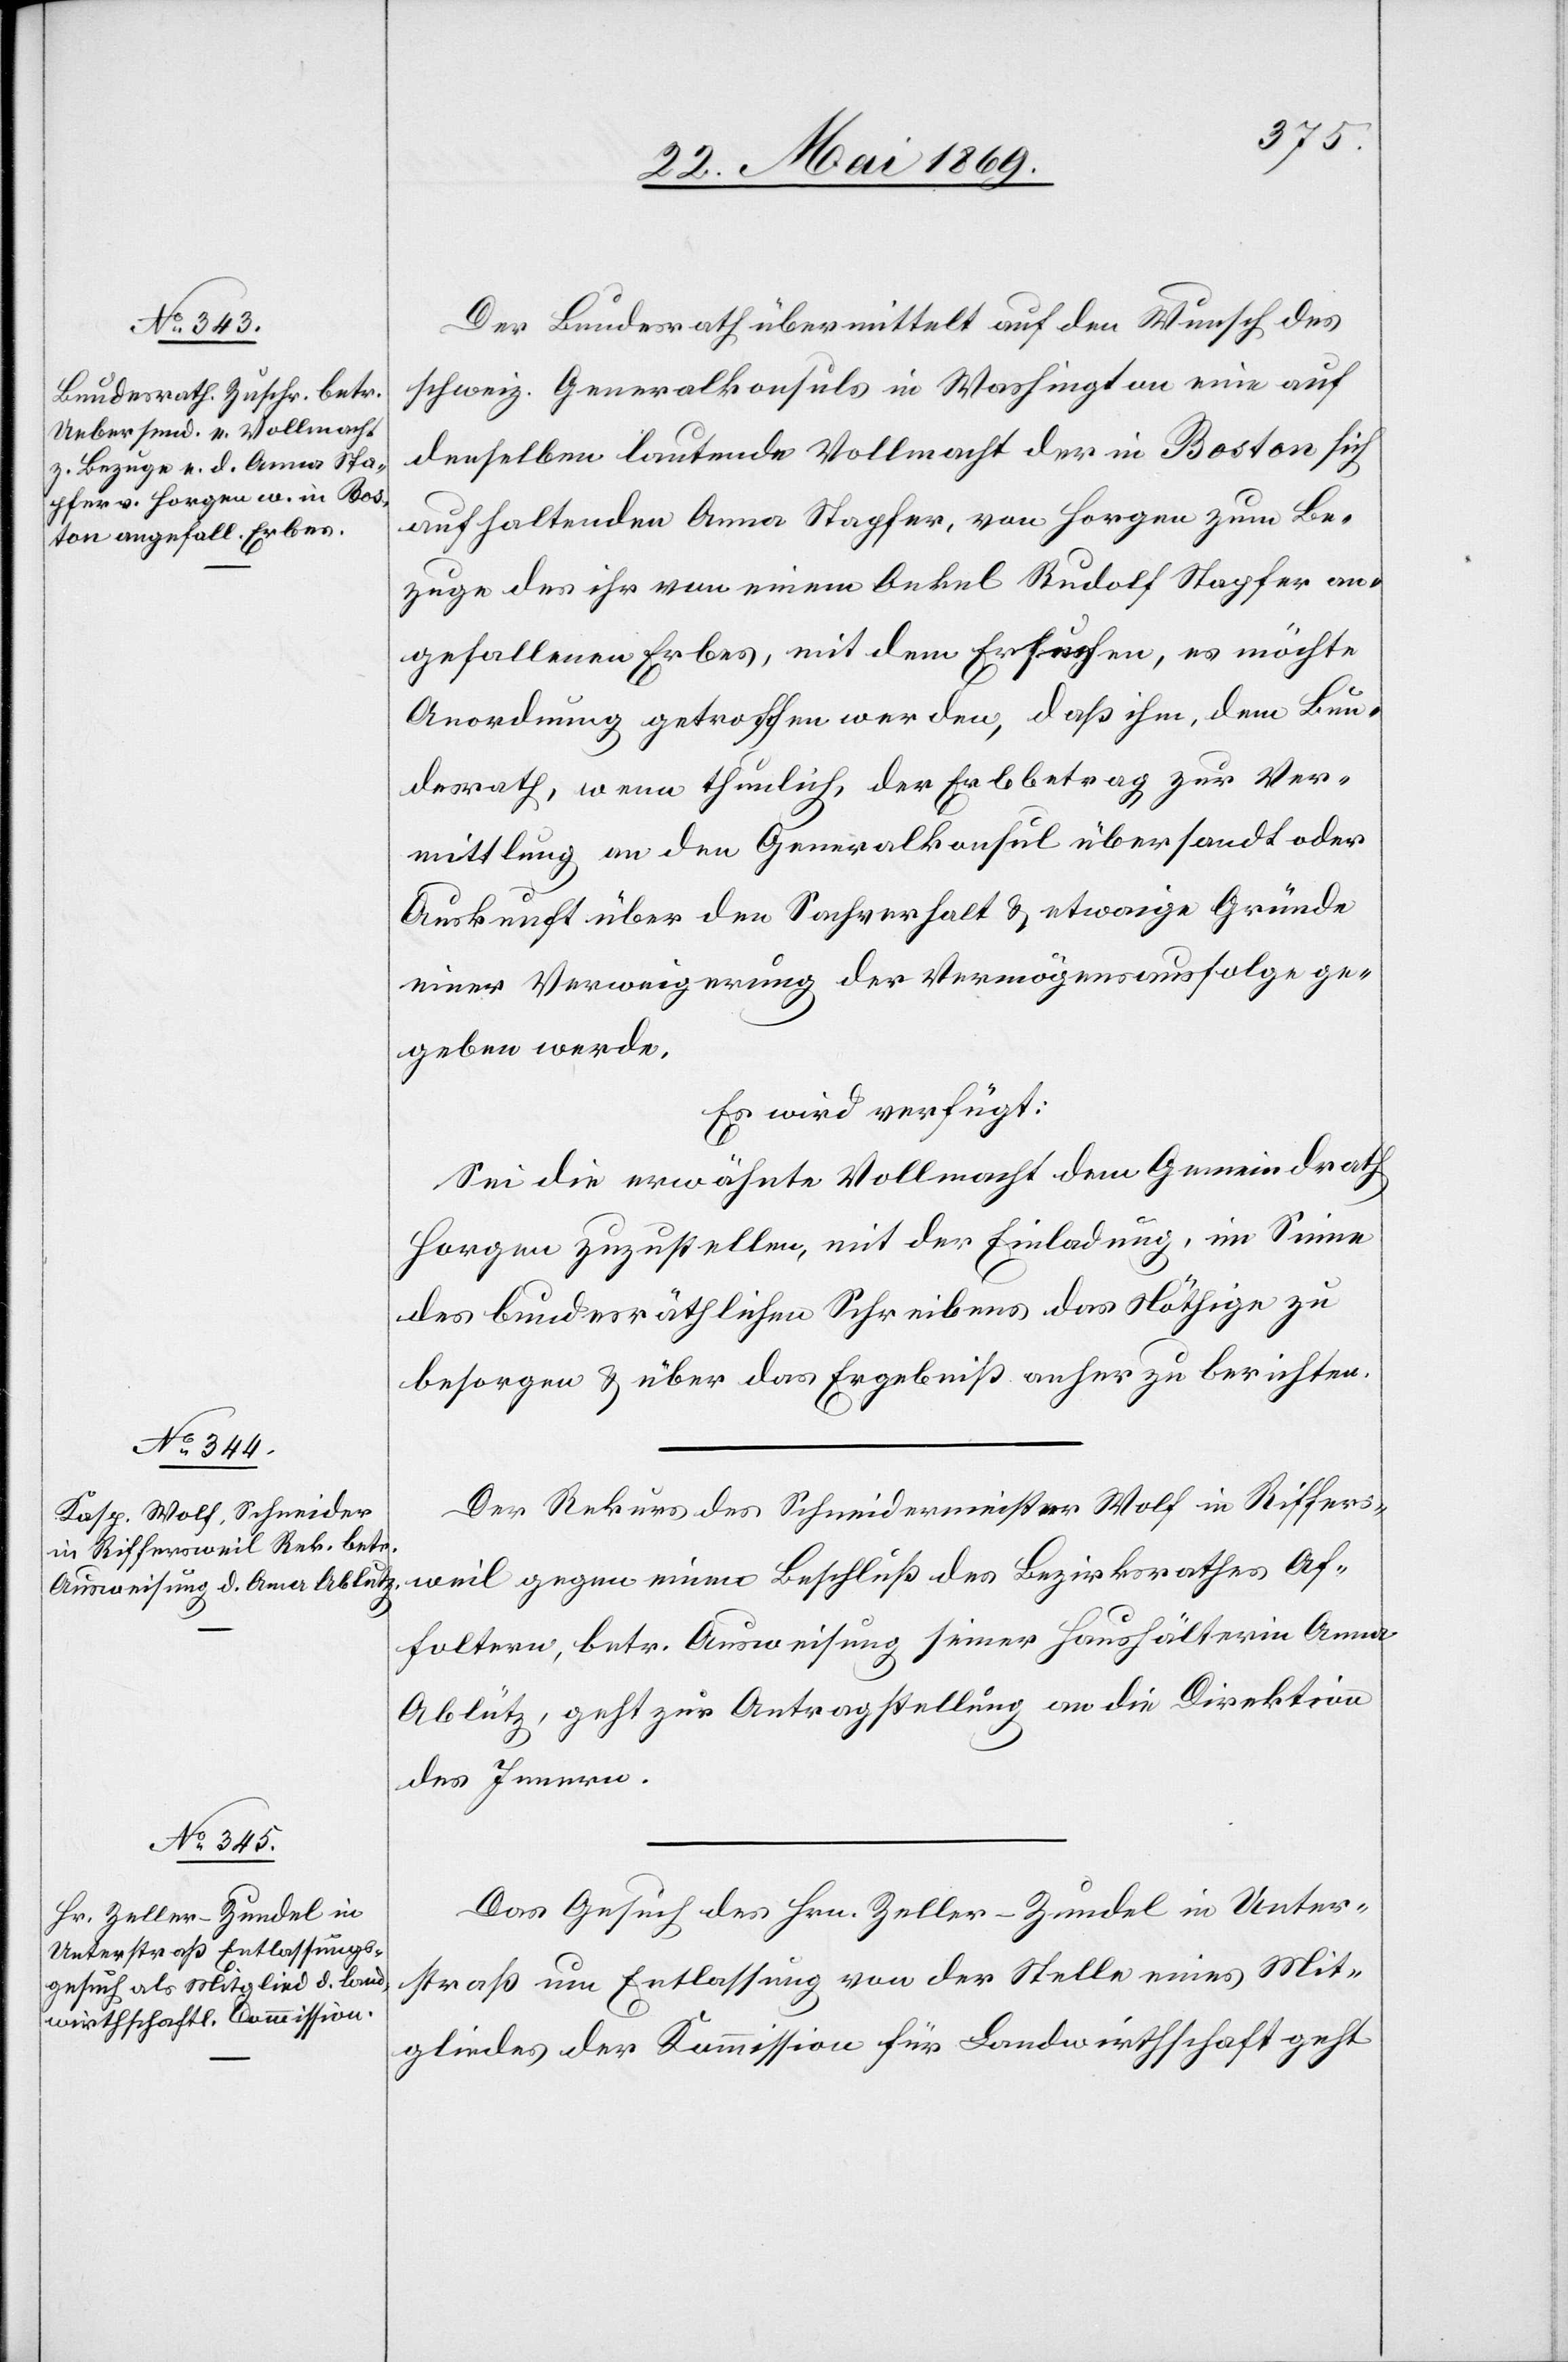
24. Mai 1869.]
Der Bundesrath übermittelt auf den Wunsch des
schweiz. Generalkonsuls in Washington eine auf
denselben lautende Vollmacht der in Boston sich
aufhaltenden Anna Stapfer, von Horgen zum Be¬
zuge des ihr von einem Onkel Rudolf Stapfer an¬
gefallenen Erbes, mit dem Ersuchen, es möchte
Anordnung getroffen werden, daß ihm, dem Bun¬
desrath, wenn thunlich, der Erbbetrag zur Ver¬
mittlung an den Generalkonsul übersandt oder
Auskunft über den Sachverhalt u. etwaige Gründe
einer Verweigerung der Vermögensausfolge ge¬
geben werde.
Es wird verfügt:
Sei die erwähnte Vollmacht dem Gemeindrath
Horgen zuzustellen, mit der Einladung, im Sinne
des bundesräthlichen Schreibens das Nöthige zu
besorgen u. über das Ergebniß anher zu berichten.
Der Rekurs des Schneidermeister Wolf in Riffers¬
weil gegen einen Beschluß des Bezirksrathes Af¬
foltern, betr. Ausweisung seiner Haushälterin Anna
[sic!], geht zur Antragstellung an die Direktion
des Innern.
Das Gesuch des Hrn. Zeller-Zundel in Unter¬
straß um Entlassung von der Stelle eines Mit¬
gliedes der Kommission für Landwirthschaft geht